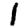
Digit: 1